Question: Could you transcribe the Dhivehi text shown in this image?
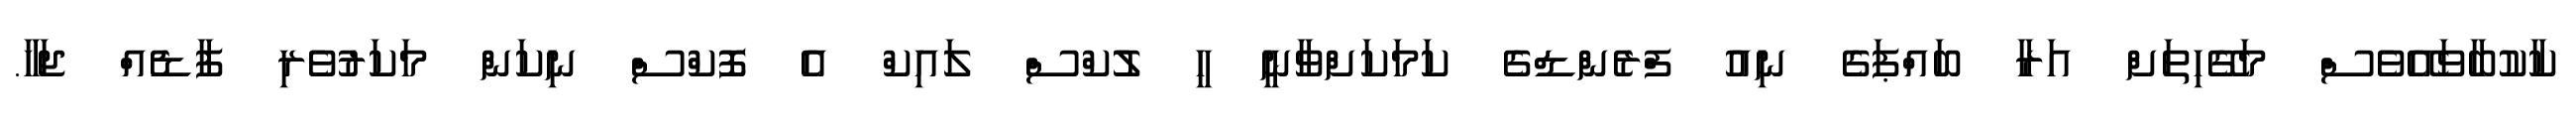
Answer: ކާކުބާވައޭވެސް މަގޭހިތަށް އަރާ ބައްޕަގެ ނިއު ފްރެންޑްގެ ކަމަކަށްވާނީ ހީ ލުކްސް ލައިކް އެ ފޮކްސް ނިކަން މަކަރުވެރި ފާޑެއް ޖަހާ.